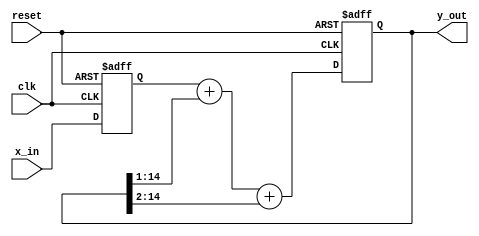
//*********************************************************
// IEEE STD 1364-2001 Verilog file: iir.v
// Author-EMAIL: Uwe.Meyer-Baese@ieee.org
//*********************************************************

module iir #(parameter W = 14) // Bit width - 1
( input clk,  // System clock
  input reset,  // Asynchronous reset
  input signed [W:0] x_in,  // System input
  output signed [W:0] y_out); // System output

// --------------------------------------------------------
reg signed [W:0] x, y;

// Use FFs for input and recursive part
always @(posedge clk or posedge reset)
    if (reset) begin  // Note: there is a signed
        x <= 0; 
        y <= 0;  // integer in Verilog 2001
    end else begin
        x <= x_in;
        y <= x + (  y >>> 1  ) + (  y >>> 2  )  ; // >>> uses less LEs
        // y <= x + y / sd2 + y / sd4; // same as /2 and /4
        // y <= x + y / 2 + y / 4  ; // div with / uses more LEs
        //y <= x + {y[W],y[W:1]}+ {y[W],y[W],y[W:2]};
end

assign y_out = y;  // Connect y to output pins

endmodule